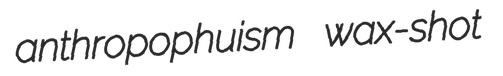
anthropophuism wax-shot